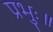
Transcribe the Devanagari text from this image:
प्रभुः॥